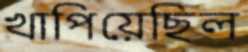
খাপিয়েছিল